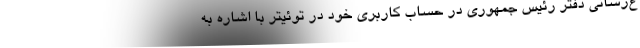
ع‌رسانی دفتر رئیس جمهوری در حساب کاربری خود در توئیتر با اشاره به